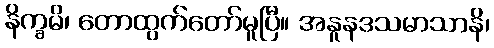
နိက္ခမိ၊ တောထွက်တော်မူပြီ။ အနူနဒသမာသာနိ၊